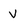
Character: v